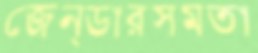
জেন্ডারসমতা